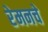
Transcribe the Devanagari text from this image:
रेमनचे